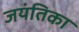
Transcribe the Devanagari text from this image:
जयंतिका